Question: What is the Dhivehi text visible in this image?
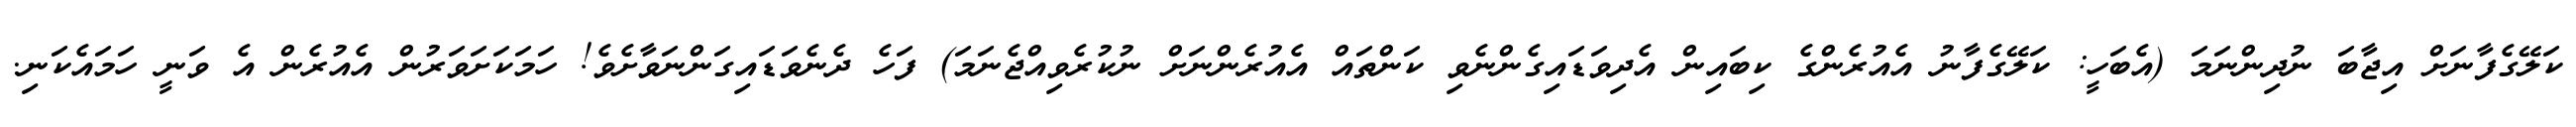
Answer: ކަލޭގެފާނަށް އިޖާބަ ނުދިންނަމަ (އެބަހީ: ކަލޭގެފާނު އެއުރެންގެ ކިބައިން އެދިވަޑައިގެންނެވި ކަންތައް އެއުރެންނަށް ނުކުރެވިއްޖެނަމަ) ފަހެ ދެނެވަޑައިގަންނަވާށެވެ! ހަމަކަށަވަރުން އެއުރެން އެ ވަނީ ހަމައެކަނި.